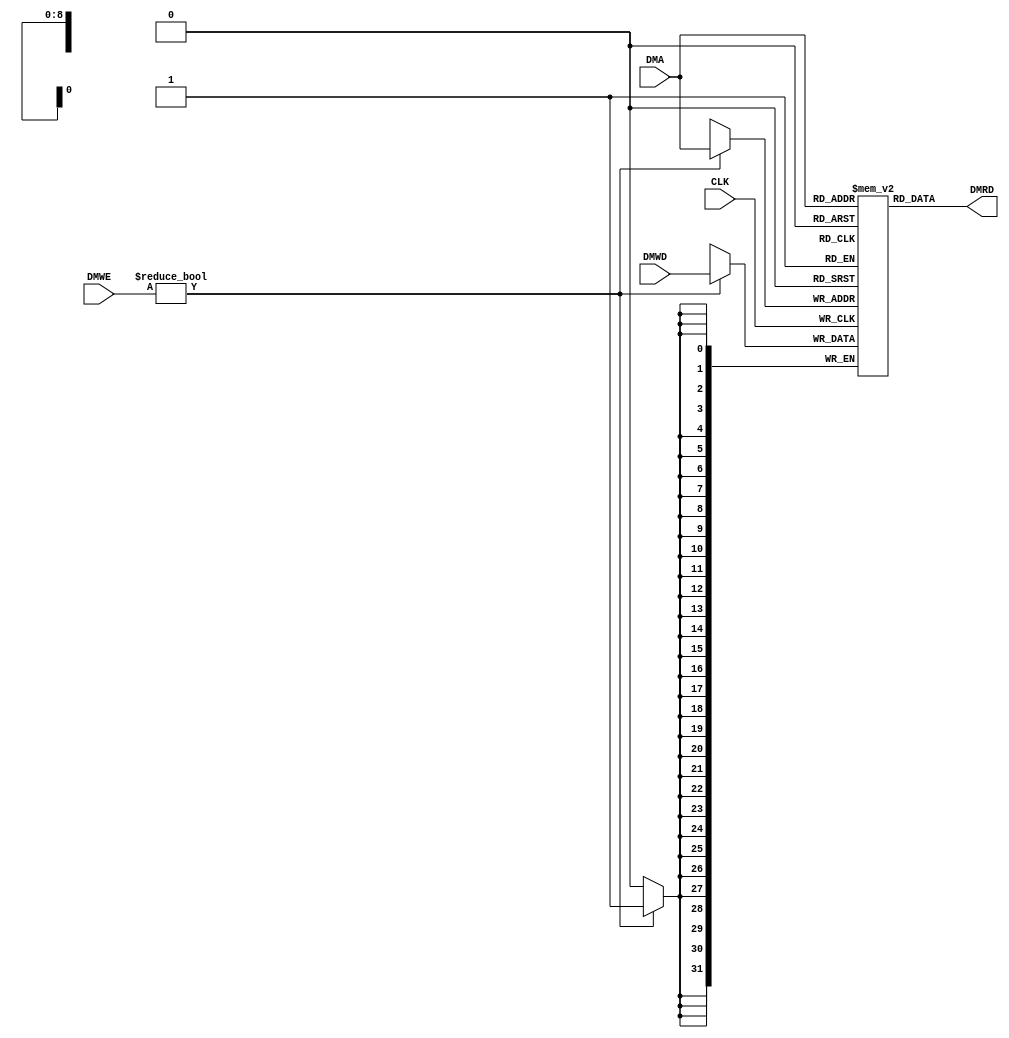
`timescale 1ns / 1ps
/*
DM DUT(.CLK(CLK), .DMWE(DMWE), .DMA(DMA), .DMRD(DMRD), .DMWD(DMWD));
*/

module DM(CLK,DMWE,DMA,DMRD,DMWD);
input CLK;
input [1:0] DMWE;
input [8:0] DMA;
input [31:0] DMWD;
output reg [31:0] DMRD;
reg[31:0] DM[0:511];
initial begin
    DM[0] = 17;
    DM[1] = 31;
    DM[2] = -5;
    DM[3] = -2;
    DM[4] = 250;
end
always @(posedge CLK)
begin
if(DMWE) DM[DMA] <= DMWD;
end

always  @(*)
begin
DMRD <= DM[DMA];
end
endmodule